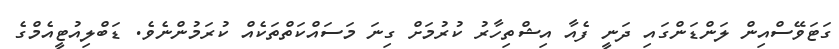
ގަޓަވޭސްއިން ލަންޑަންގައި ދަނީ ފެއާ އިޝްތިހާރު ކުރުމަށް ގިނަ މަސައްކަތްތަކެއް ކުރަމުންނެވެ. ޑަބްލިއުޓީއެމްގެ